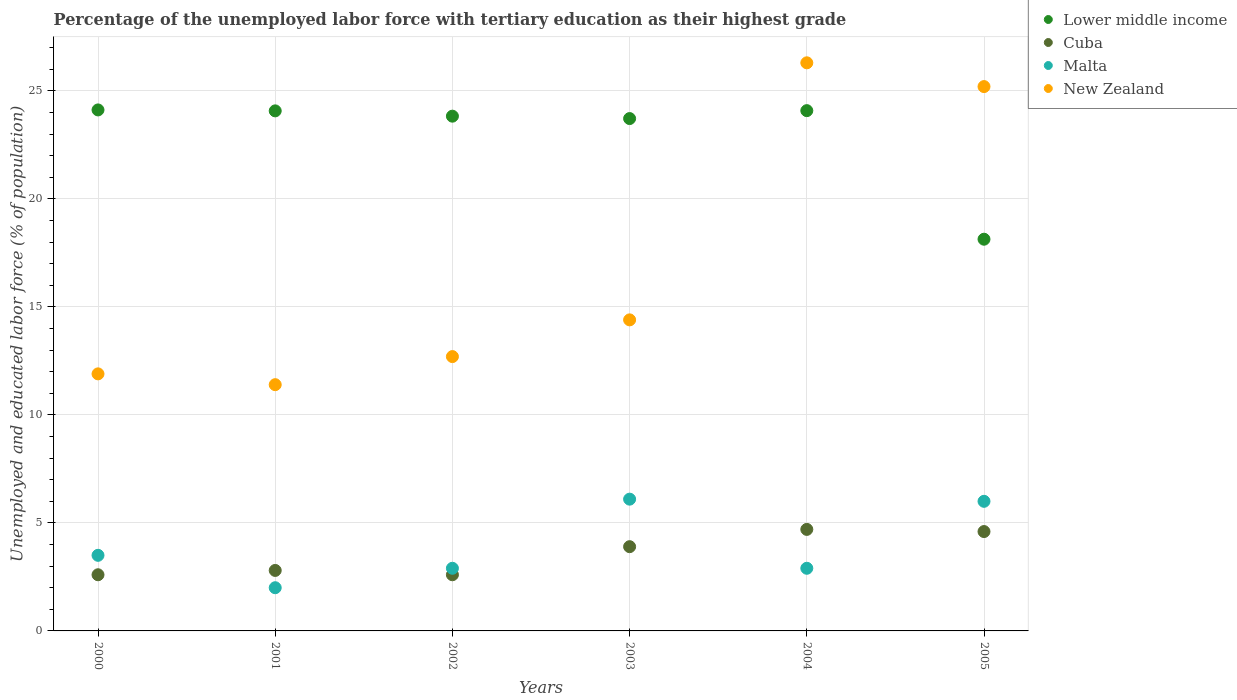
| Years | Lower middle income | Cuba | Malta | New Zealand |
 | --- | --- | --- | --- | --- |
 | 2000 | 24.1 | 2.6 | 3.5 | 11.9 |
 | 2001 | 24.1 | 2.8 | 2 | 11.4 |
 | 2002 | 23.8 | 2.6 | 2.9 | 12.7 |
 | 2003 | 23.7 | 3.9 | 6.1 | 14.4 |
 | 2004 | 24.1 | 4.7 | 2.9 | 26.3 |
 | 2005 | 18.1 | 4.6 | 6 | 25.2 |